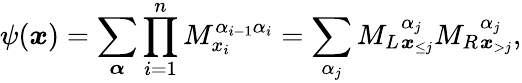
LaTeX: \psi(\boldsymbol{x})=\sum_{\boldsymbol{\alpha}}\prod_{i=1}^{n}M_{x_{i}}^{\alpha_{i-1}\alpha_{i}}=\sum_{\alpha_{j}}{M_{L}}_{\boldsymbol{x}_{\le j}}^{\alpha_{j}}{M_{R}}_{\boldsymbol{x}_{>j}}^{\alpha_{j}},